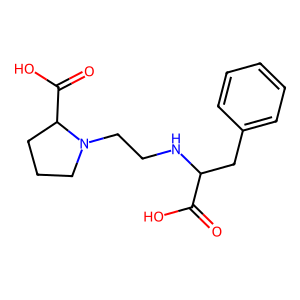
SMILES: O=C(O)C(Cc1ccccc1)NCCN1CCCC1C(=O)O
Inhibits HIV replication: No